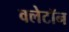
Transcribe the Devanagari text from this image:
क्लेटॉन